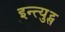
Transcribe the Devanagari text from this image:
इन्त्युट्स